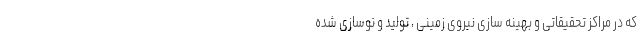
که در مراکز تحقیقاتی و بهینه سازی نیروی زمینی ، تولید و نوسازی شده